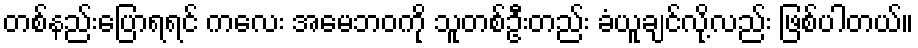
တစ်နည်းပြောရရင် ကလေး အမေဘဝကို သူတစ်ဦးတည်း ခံယူချင်လို့လည်း ဖြစ်ပါတယ်။